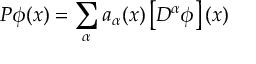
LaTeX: P \phi ( x ) = \sum _ { \alpha } a _ { \alpha } ( x ) \left[ D ^ { \alpha } \phi \right] ( x )